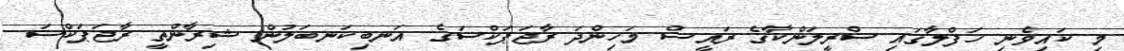
މި ކައިވެނި ހަފްލާގައި ސްރީލަންކާގެ ރައީސް މަހިންދަ ރާޖަޕަކްސަގެ އަނބިކަނބަލުން ޝިރާންތީ ރާޖަޕަކްސަ